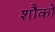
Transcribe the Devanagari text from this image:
शौकों